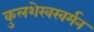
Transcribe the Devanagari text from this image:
कुलशेखरवर्मन